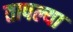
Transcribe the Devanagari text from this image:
तापल्या